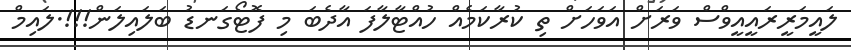
ލައީމަރީރައީއީވްސް ވަރަށް އަވަހަށް ތި ކުރާކަމެއް ހުއްޓާލާފަ އާދެބަ މި ފޮޓޯގަނޑު ބަލައިލަން!!!.ލައިމް